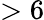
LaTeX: >6